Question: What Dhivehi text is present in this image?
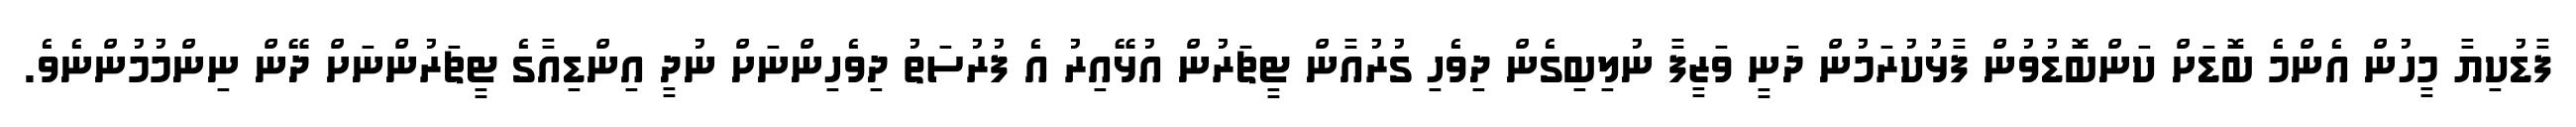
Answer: ފާޑުކިޔާ މީހުން އެންމެ ބޮޑަށް ކަންބޮޑުވުން ފާޅުކުރަމުން ދަނީ ވަޒީފާ ނުލިބިގެން ދިވެހި ގުރުއާން ޓީޗަރުން އުޅޭއިރު އެ ފުރުސަތު ދިވެހިންނަށް ނުދީ އިންޑިއާގެ ޓީޗަރުންނަށް ދޭން ނިންމުމުންނެވެ.